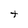
Character: t